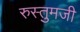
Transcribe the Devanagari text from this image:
रुस्तुमजी